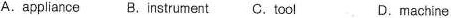
A.appliance B.Instrument C. Tool D.machine